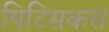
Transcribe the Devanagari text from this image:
पिटिसकस